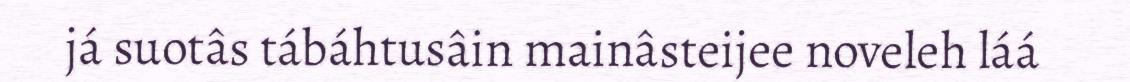
já suotâs tábáhtusâin mainâsteijee noveleh láá